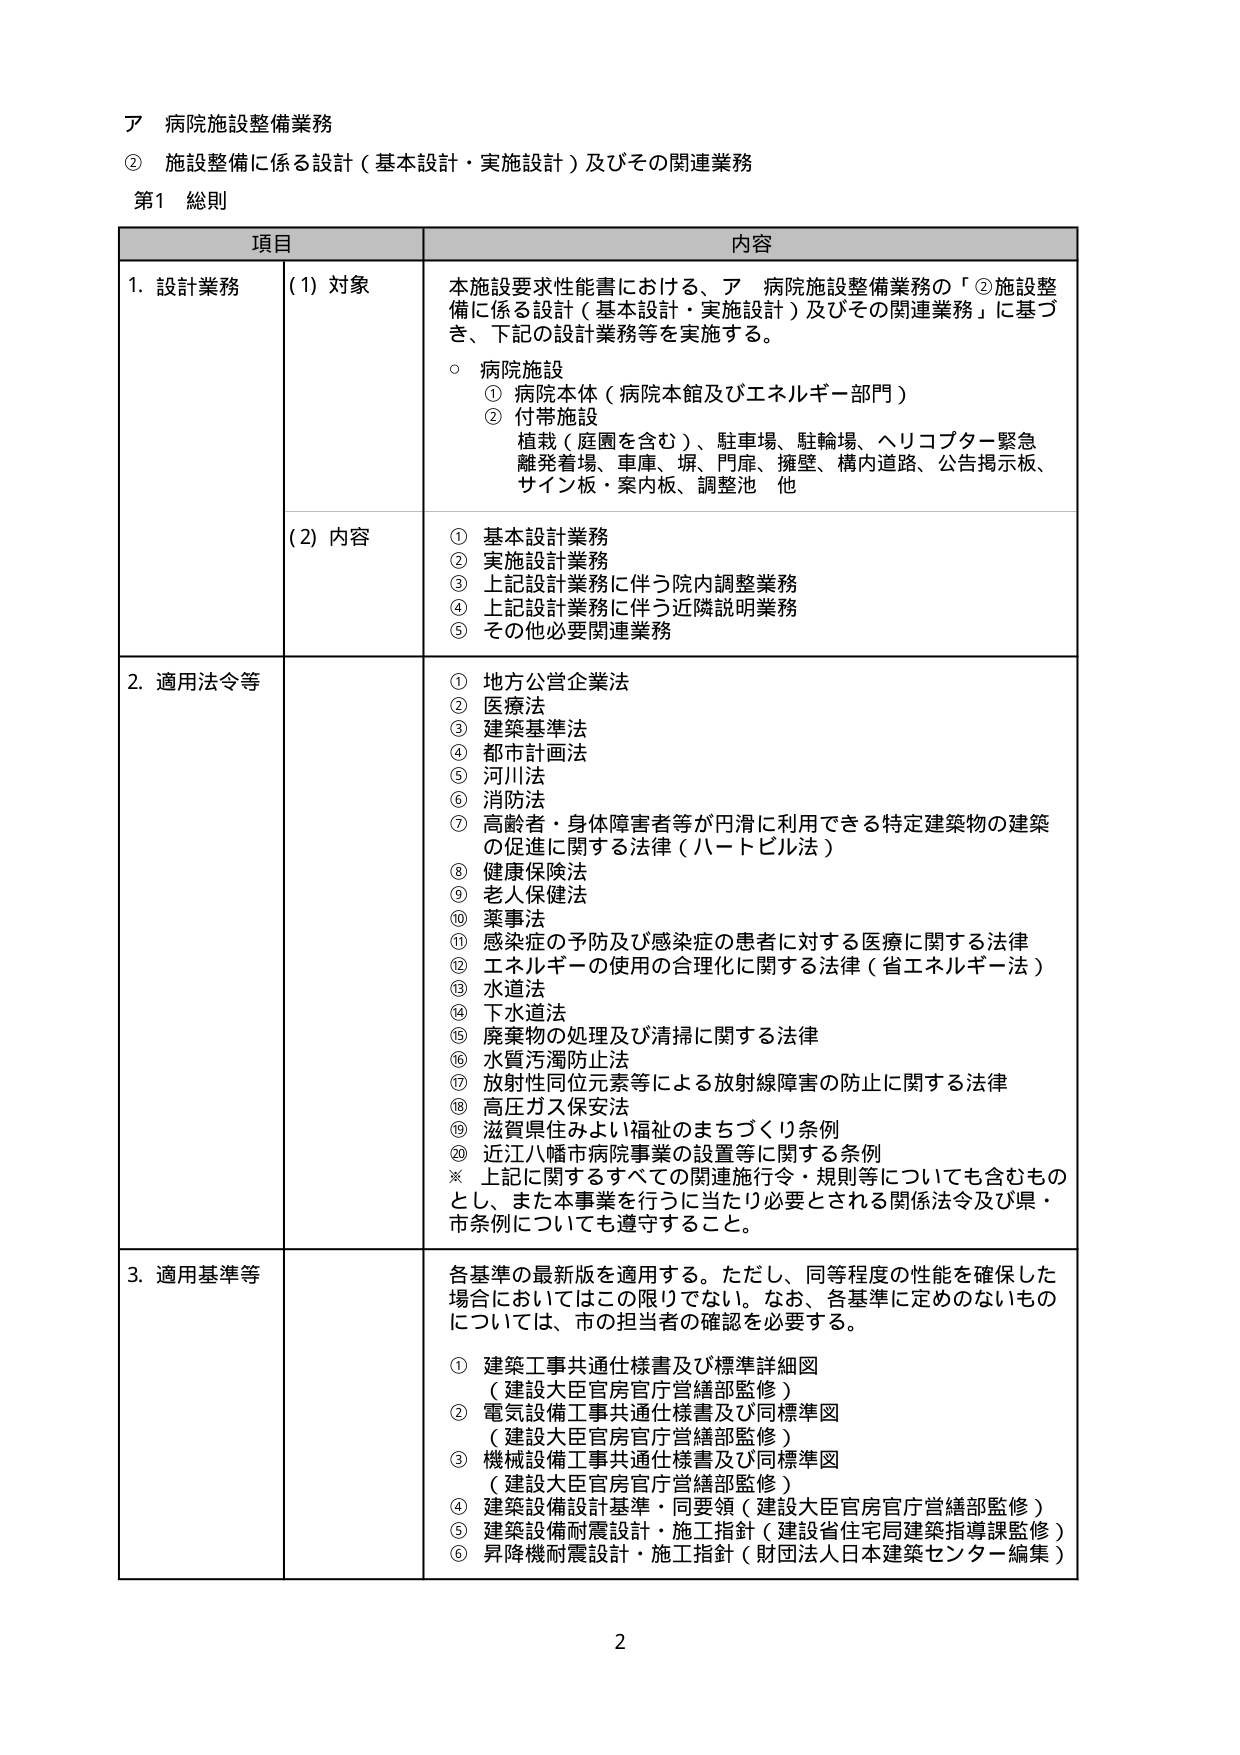
ア 病院施設整備業務
② 施設整備に係る設計（基本設計・実施設計）及びその関連業務
第1 総則

項目 内容

1. 設計業務
(1) 対象
本施設要求性能書における、ア 病院施設整備業務の「②施設整備に係る設計（基本設計・実施設計）及びその関連業務」に基づき、下記の設計業務等を実施する。
○ 病院施設
① 病院本体（病院本館及びエネルギー部門）
② 付帯施設
植栽（庭園を含む）、駐車場、駐輪場、ヘリコプター緊急離発着場、車庫、塀、門扉、擁壁、構内道路、公告掲示板、サイン板・案内板、調整池 他

(2) 内容
① 基本設計業務
② 実施設計業務
③ 上記設計業務に伴う院内調整業務
④ 上記設計業務に伴う近隣説明業務
⑤ その他必要関連業務

2. 適用法令等
① 地方公営企業法
② 医療法
③ 建築基準法
④ 都市計画法
⑤ 河川法
⑥ 消防法
⑦ 高齢者・身体障害者等が円滑に利用できる特定建築物の建築の促進に関する法律（ハートビル法）
⑧ 健康保険法
⑨ 老人保健法
⑩ 薬事法
⑪ 感染症の予防及び感染症の患者に対する医療に関する法律
⑫ エネルギーの使用の合理化に関する法律（省エネルギー法）
⑬ 水道法
⑭ 下水道法
⑮ 廃棄物の処理及び清掃に関する法律
⑯ 水質汚濁防止法
⑰ 放射性同位元素等による放射線障害の防止に関する法律
⑱ 高圧ガス保安法
⑲ 滋賀県住みよい福祉のまちづくり条例
⑳ 近江八幡市病院事業の設置等に関する条例
※ 上記に関するすべての関連施行令・規則等についても含むものとし、また本事業を行うに当たり必要とされる関係法令及び県・市条例についても遵守すること。

3. 適用基準等
各基準の最新版を適用する。ただし、同等程度の性能を確保した場合においてはこの限りでない。なお、各基準に定めのないものについては、市の担当者の確認を必要とする。
① 建築工事共通仕様書及び標準詳細図
（建設大臣官房官庁営繕部監修）
② 電気設備工事共通仕様書及び同標準図
（建設大臣官房官庁営繕部監修）
③ 機械設備工事共通仕様書及び同標準図
（建設大臣官房官庁営繕部監修）
④ 建築設備設計基準・同要領（建設大臣官房官庁営繕部監修）
⑤ 建築設備耐震設計・施工指針（建設省住宅局建築指導課監修）
⑥ 昇降機耐震設計・施工指針（財団法人日本建築センター編集）

2